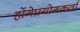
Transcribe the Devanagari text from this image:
होंगेप्रयोगकर्ता